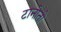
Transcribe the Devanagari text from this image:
टानोतो